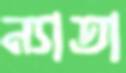
ন্যাতা